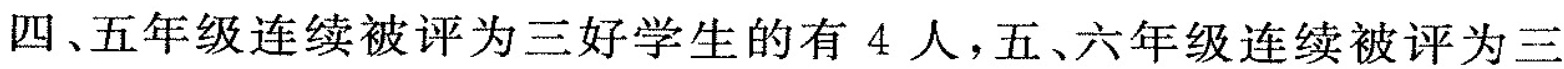
四、五年级连续被评为三好学生的有4人，五、六年级连续被评为三